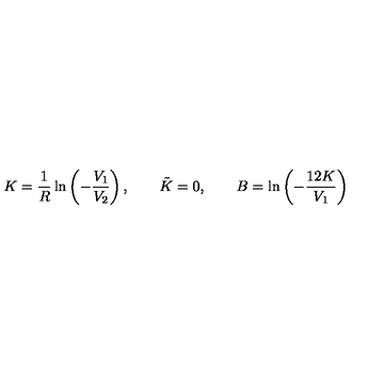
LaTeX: K = \frac { 1 } { R } \ln \left( - \frac { V _ { 1 } } { V _ { 2 } } \right) , \qquad \tilde { K } = 0 , \qquad B = \ln \left( - \frac { 1 2 K } { V _ { 1 } } \right)